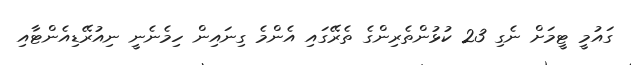
ގައުމީ ޓީމަށް ނެގި 23 ކުޅުންތެރިންގެ ތެރޭގައި އެންމެ ގިނައިން ހިމެނެނީ ނިއުރޭޑިއެންޓާއި